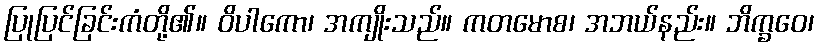
ပြုပြင်ခြင်းကံတို့၏။ ဝိပါကော၊ အကျိုးသည်။ ကတမောစ၊ အဘယ်နည်း။ ဘိက္ခဝေ၊